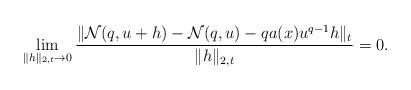
LaTeX: \begin{align*}\lim_{\Vert h\Vert_{2,t}\rightarrow0}\frac{\Vert\mathcal{N}(q,u+h)-\mathcal{N}(q,u)-qa(x)u^{q-1}h\Vert_{t}}{\Vert h\Vert_{2,t}}=0.\end{align*}